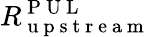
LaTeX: R_{\mathrm{~u~p~s~t~r~e~a~m~}}^{\mathrm{~P~U~L~}}